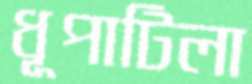
ধূপাটিলা